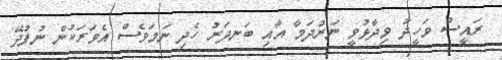
ރައީސް ވަހީދު ވިދާޅުވީ ނަރުދަމާ އާއި ބަނދަރު ހެދި ނަމަވެސް އެވަރަކުން ނުފުދޭ